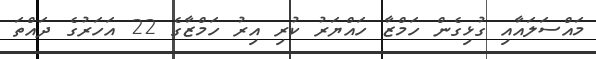
މައްސަލައާއި ގުޅިގެން ހަމްޒާ ހައްޔަރު ކުރި އިރު ހަމްޒާގެ 22 އަހަރުގެ ދައްތަ